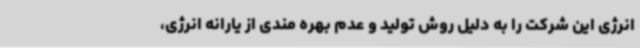
انرژی این شرکت را به دلیل روش تولید و عدم بهره مندی از یارانه انرژی،